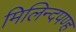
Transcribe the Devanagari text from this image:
मिलिन्दपण्ह